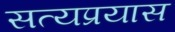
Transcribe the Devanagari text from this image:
सत्यप्रयास